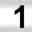
Digit: 1